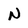
Character: N